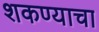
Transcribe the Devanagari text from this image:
शकण्याचा